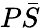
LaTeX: P\bar{S}